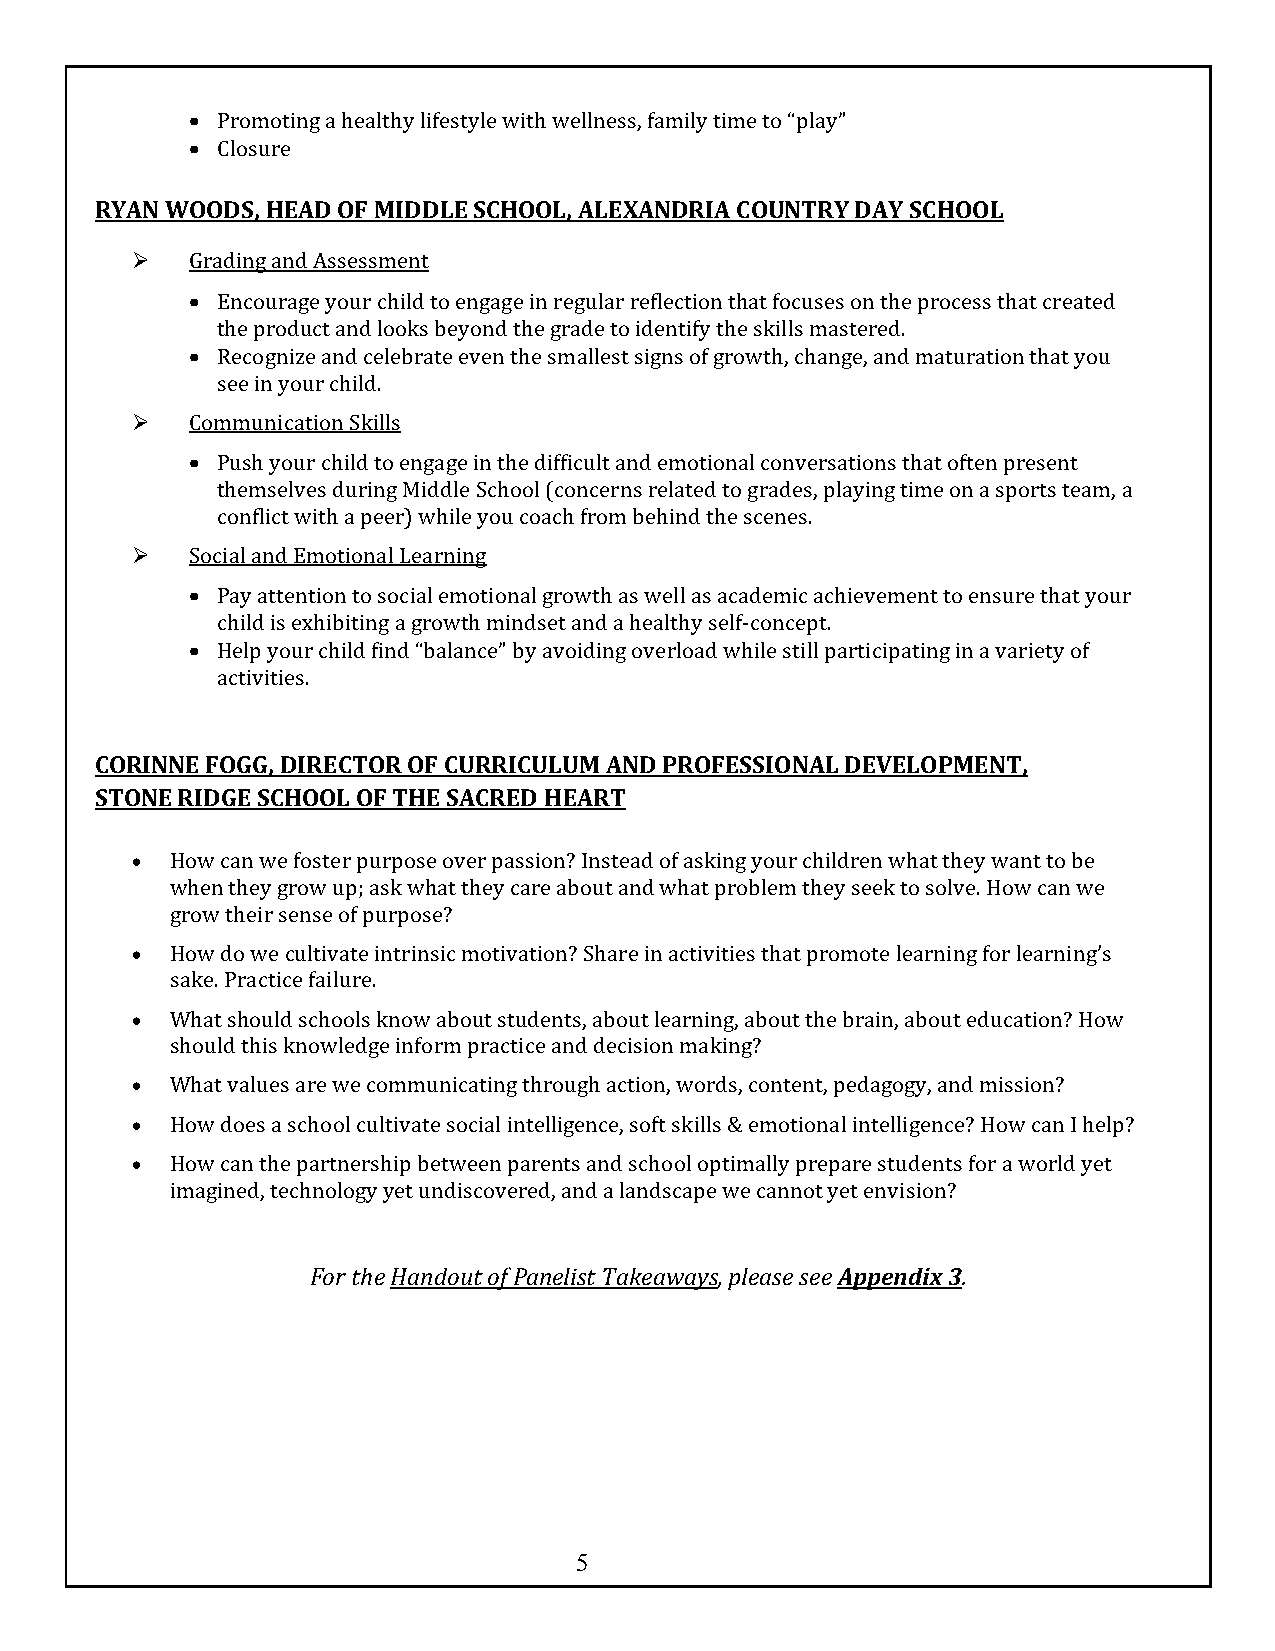
• Promoting a healthy lifestyle with wellness, family time to “play”
 • Closure
 RYAN WOODS, HEAD OF MIDDLE SCHOOL, ALEXANDRIA COUNTRY DAY SCHOOL
 Ø  Grading and Assessment
 • Encourage your child to engage in regular reflection that focuses on the process that created
 the product and looks beyond the grade to identify the skills mastered.
 • Recognize and celebrate even the smallest signs of growth, change, and maturation that you
 see in your child.
 Ø  Communication Skills
 • Push your child to engage in the difficult and emotional conversations that often present
 themselves during Middle School (concerns related to grades, playing time on a sports team, a
 conflict with a peer) while you coach from behind the scenes.
 Ø  Social and Emotional Learning
 • Pay attention to social emotional growth as well as academic achievement to ensure that your
 child is exhibiting a growth mindset and a healthy self-concept.
 • Help your child find “balance” by avoiding overload while still participating in a variety of
 activities.
 CORINNE FOGG, DIRECTOR OF CURRICULUM AND PROFESSIONAL DEVELOPMENT,
 STONE RIDGE SCHOOL OF THE SACRED HEART
 • How can we foster purpose over passion? Instead of asking your children what they want to be
 when they grow up; ask what they care about and what problem they seek to solve. How can we
 grow their sense of purpose?
 • How do we cultivate intrinsic motivation? Share in activities that promote learning for learning’s
 sake. Practice failure.
 • What should schools know about students, about learning, about the brain, about education? How
 should this knowledge inform practice and decision making?
 • What values are we communicating through action, words, content, pedagogy, and mission?
 • How does a school cultivate social intelligence, soft skills & emotional intelligence? How can I help?
 • How can the partnership between parents and school optimally prepare students for a world yet
 imagined, technology yet undiscovered, and a landscape we cannot yet envision?
 For the Handout of Panelist Takeaways, please see Appendix 3.
 5